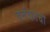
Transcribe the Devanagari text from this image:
वर्तकांची